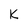
Character: k